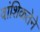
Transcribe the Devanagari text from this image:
वांशिकतेने